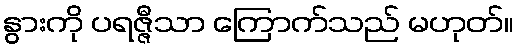
နွားကို ပရဇ္ဇီသာ ကြောက်သည် မဟုတ်။